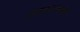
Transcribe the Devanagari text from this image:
दबदब्याच्या